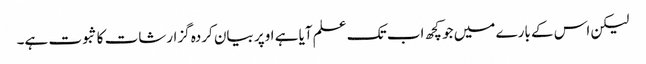
لیکن اس کے بارے میں جو کچھ اب تک علم آیا ہے اوپر بیان کردہ گزارشات کا ثبوت ہے۔